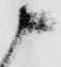
申